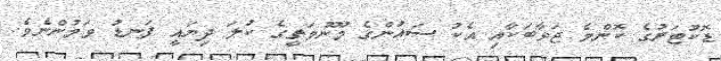
ޑޮކުޓަރުގެ ކޮންމެ ޖަވާބަކާއި އެކު ސައުންގެ މޫނުމަތީގެ ކުލަ ދިޔައީ ފަނޑު ވަމުންނެވެ.